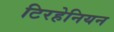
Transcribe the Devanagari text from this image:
टिरहेनियन